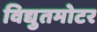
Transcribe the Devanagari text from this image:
विद्युतमोटर